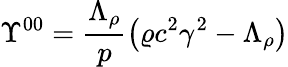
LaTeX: \Upsilon^{00}=\frac{\Lambda_{\rho}}{p}\left(\varrho c^{2}\gamma^{2}-\Lambda_{\rho}\right)